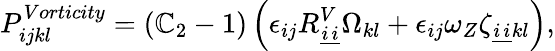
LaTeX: P_{ijkl}^{Vorticity}=\left(\mathbb{C}_{2}-1\right)\left(\epsilon_{ij}R_{\underline{{{i}}}\underline{{{i}}}}^{V}\Omega_{kl}+\epsilon_{ij}\omega_{Z}\zeta_{\underline{{{i}}}\underline{{{i}}}kl}\right),